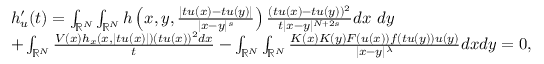
\begin{array} { r l } & { h _ { u } ^ { \prime } ( t ) = \int _ { { \mathbb R } ^ { N } } \int _ { { \mathbb R } ^ { N } } h \left( x , y , \frac { | t u ( x ) - t u ( y ) | } { | x - y | ^ { s } } \right) \frac { ( t u ( x ) - t u ( y ) ) ^ { 2 } } { t | x - y | ^ { N + 2 s } } d x \ d y } \\ & { + \int _ { { \mathbb R } ^ { N } } \frac { V ( x ) h _ { x } ( x , | t u ( x ) | ) ( t u ( x ) ) ^ { 2 } d x } { t } - \int _ { { \mathbb R } ^ { N } } \int _ { { \mathbb R } ^ { N } } \frac { K ( x ) K ( y ) F ( u ( x ) ) f ( t u ( y ) ) u ( y ) } { | x - y | ^ { \lambda } } d x d y = 0 , } \end{array}